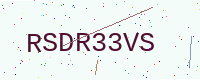
Text: RSDR33VS